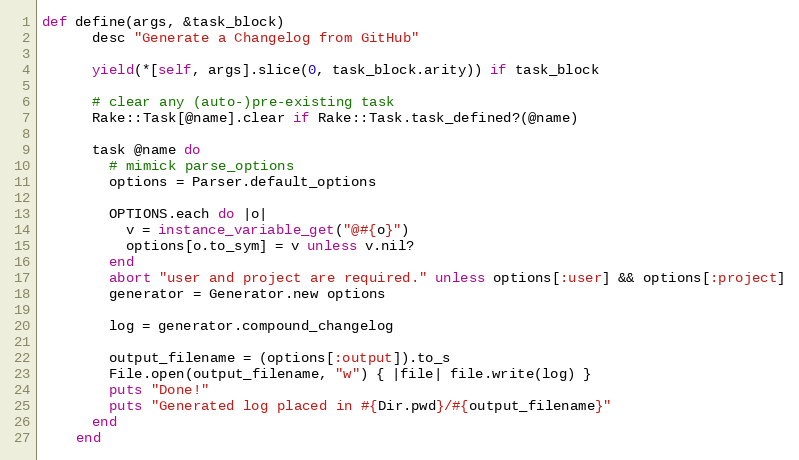
Language: Ruby
def define(args, &task_block)
      desc "Generate a Changelog from GitHub"

      yield(*[self, args].slice(0, task_block.arity)) if task_block

      # clear any (auto-)pre-existing task
      Rake::Task[@name].clear if Rake::Task.task_defined?(@name)

      task @name do
        # mimick parse_options
        options = Parser.default_options

        OPTIONS.each do |o|
          v = instance_variable_get("@#{o}")
          options[o.to_sym] = v unless v.nil?
        end
        abort "user and project are required." unless options[:user] && options[:project]
        generator = Generator.new options

        log = generator.compound_changelog

        output_filename = (options[:output]).to_s
        File.open(output_filename, "w") { |file| file.write(log) }
        puts "Done!"
        puts "Generated log placed in #{Dir.pwd}/#{output_filename}"
      end
    end